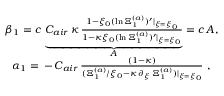
\begin{array} { r } { \beta _ { 1 } = c \, \underbrace { C _ { a i r } \, \kappa \, \frac { 1 - \xi _ { 0 } ( \ln { \Xi _ { 1 } ^ { ( a ) } } ) ^ { \prime } \vert _ { \xi = \xi _ { 0 } } } { 1 - \kappa \xi _ { 0 } ( \ln { \Xi _ { 1 } ^ { ( a ) } } ) ^ { \prime } \vert _ { \xi = \xi _ { 0 } } } } _ { A } = c \, A , } \\ { \alpha _ { 1 } = \, - \, C _ { a i r } \, \frac { ( 1 - \kappa ) } { ( \Xi _ { 1 } ^ { ( a ) } / \xi _ { 0 } - \kappa \, \partial _ { \xi } \, \Xi _ { 1 } ^ { ( a ) } ) \vert _ { \xi = \xi _ { 0 } } } \ , \ \ } \end{array}